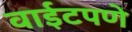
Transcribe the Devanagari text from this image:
वाईटपणे